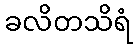
ခလိတသိရံ